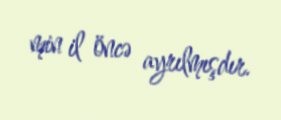
min il öncə ayrılmışdır.